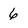
Character: 6